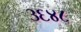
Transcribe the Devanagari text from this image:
३६४८